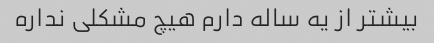
بیشتر از یه ساله دارم هیچ مشکلی نداره